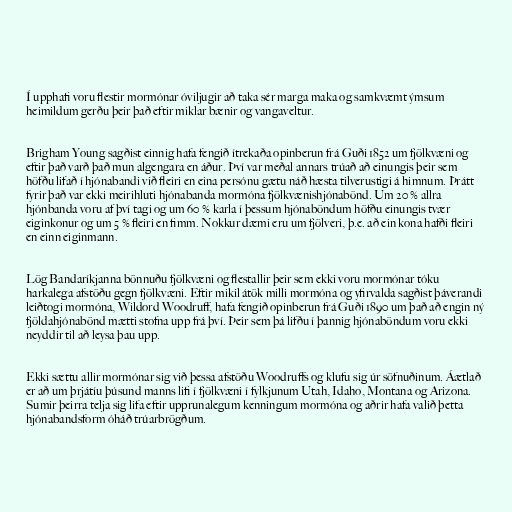
Í upphafi voru flestir mormónar óviljugir að taka sér marga maka og samkvæmt ýmsum
heimildum gerðu þeir það eftir miklar bænir og vangaveltur.

Brigham Young sagðist einnig hafa fengið ítrekaða opinberun frá Guði 1852 um fjölkvæni og
eftir það varð það mun algengara en áður. Því var meðal annars trúað að einungis þeir sem
höfðu lifað í hjónabandi við fleiri en eina persónu gætu náð hæsta tilverustigi á himnum. Þrátt
fyrir það var ekki meirihluti hjónabanda mormóna fjölkvænishjónabönd. Um 20 % allra
hjónbanda voru af því tagi og um 60 % karla í þessum hjónaböndum höfðu einungis tvær
eiginkonur og um 5 % fleiri en fimm. Nokkur dæmi eru um fjölveri, þ.e. að ein kona hafði fleiri
en einn eiginmann.

Lög Bandaríkjanna bönnuðu fjölkvæni og flestallir þeir sem ekki voru mormónar tóku
harkalega afstöðu gegn fjölkvæni. Eftir mikil átök milli mormóna og yfirvalda sagðist þáverandi
leiðtogi mormóna, Wildord Woodruff, hafa fengið opinberun frá Guði 1890 um það að engin ný
fjöldahjónabönd mætti stofna upp frá því. Þeir sem þá lifðu í þannig hjónaböndum voru ekki
neyddir til að leysa þau upp.

Ekki sættu allir mormónar sig við þessa afstöðu Woodruffs og klufu sig úr söfnuðinum. Áætlað
er að um þrjátíu þúsund manns lifi í fjölkvæni í fylkjunum Utah, Idaho, Montana og Arizona.
Sumir þeirra telja sig lifa eftir upprunalegum kenningum mormóna og aðrir hafa valið þetta
hjónabandsform óháð trúarbrögðum.